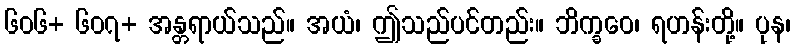
၆၀၆+ ၆၀၇+ အန္တရာယ်သည်။ အယံ၊ ဤသည်ပင်တည်း။ ဘိက္ခဝေ၊ ရဟန်းတို့။ ပုန၊